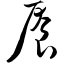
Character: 餍